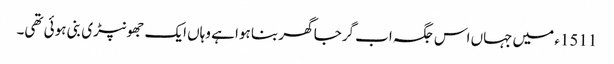
1511ء میں جہاں اس جگہ اب گرجا گھر بنا ہوا ہے وہاں ایک جھونپڑی بنی ہوئی تھی۔